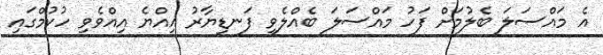
އެ މައްސަލަ ބެލުމަށް ފަހު މައްސަލަ ބެއްލެވި ފަނޑިޔާރު އިއްޔެ އިއްވެވި ހުކުމްގައި